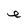
Character: e